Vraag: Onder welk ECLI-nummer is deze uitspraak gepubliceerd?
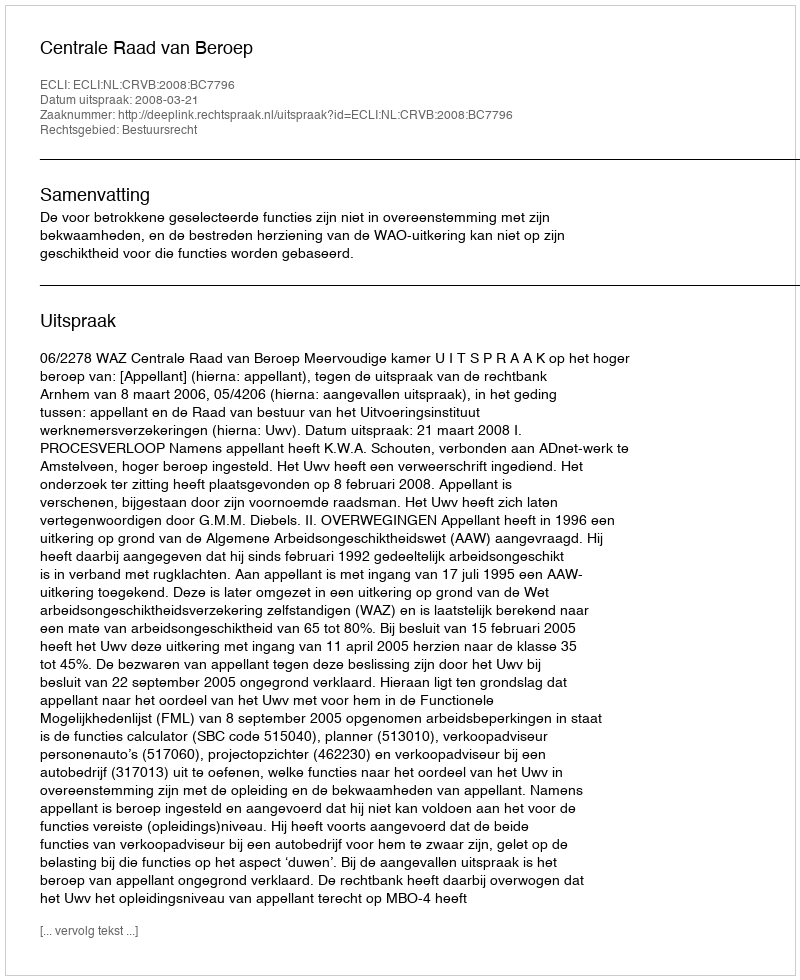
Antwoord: ECLI:NL:CRVB:2008:BC7796